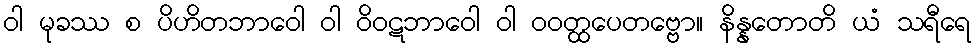
ဝါ မုခဿ စ ပိဟိတဘာဝေါ ဝါ ဝိဝဋဘာဝေါ ဝါ ဝဝတ္ထပေတဗ္ဗော။ နိန္နတောတိ ယံ သရီရေ